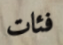
فئات